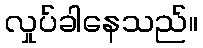
လှုပ်ခါနေသည်။